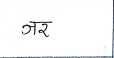
मजकूर: जर